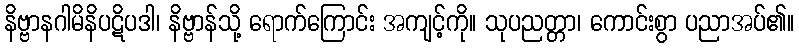
နိဗ္ဗာနဂါမိနိပဋိပဒါ၊ နိဗ္ဗာန်သို့ ရောက်ကြောင်း အကျင့်ကို။ သုပညတ္တာ၊ ကောင်းစွာ ပညာအပ်၏။